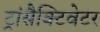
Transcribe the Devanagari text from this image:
ट्रांसैक्टिवेटर